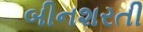
બીનશરતી